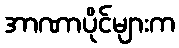
အာဏာပိုင်များက